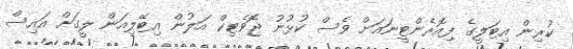
ކުރިން އިޓަލީގެ ފިއޮރެންޓީނައަށް ވެސް ކުޅުނު ޖޮވެޓިކް އަލުން އިޓޭލިއަން ލީގަށް އައިސް